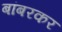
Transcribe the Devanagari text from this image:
बांबरकर